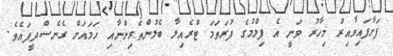
ފަށާފައިވާއިރު މިހާރު ވަނީ އެ ފިލްމުގެ ފުރަތަމަ ޓްރެއިލާ ބެލުންތެރިންނާއި ހަމައަށް ގެނެސްދީފައެވެ.